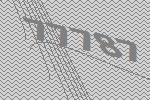
77787